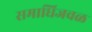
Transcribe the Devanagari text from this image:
समाधिजवळ